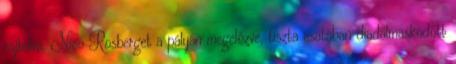
rajtolva, Nico Rosberget a pályán megelőzve, tiszta csatában diadalmaskodott